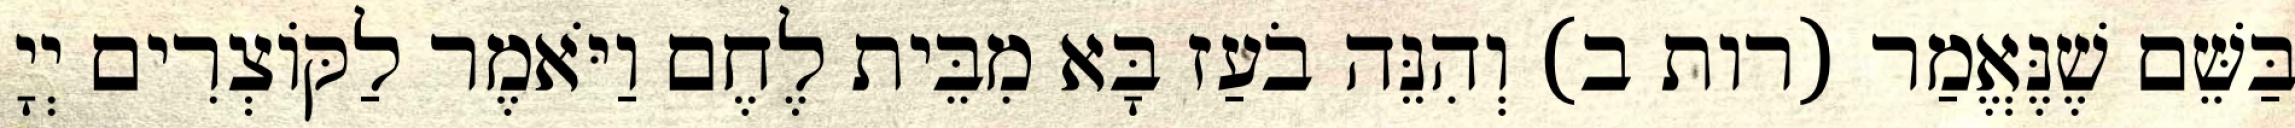
בַּשֵּׁם שֶׁנֶּאֱמַר (רות ב) וְהִנֵּה בֹעַז בָּא מִבֵּית לֶחֶם וַיֹּאמֶר לַקּוֹצְרִים יְיָ